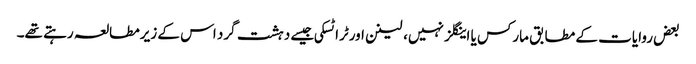
بعض روایات کے مطابق مارکس یا اینگلز نہیں، لینن اورٹرا ٹسکی جیسے دہشت گرد اس کے زیرمطالعہ رہتے تھے۔